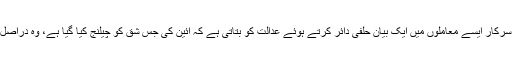
عام حالات میں مرکزی سرکار ایسے معاملوں میں ایک بیان حلفی دائر کرتے ہوئے عدالت کو بتاتی ہے کہ آئین کی جس شق کو چیلنج کیا گیا ہے، وہ دراصل عوام کے مفاد میں ہے ۔